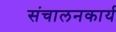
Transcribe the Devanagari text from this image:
संचालनकार्य